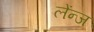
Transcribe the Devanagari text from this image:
लेंन्ज